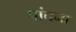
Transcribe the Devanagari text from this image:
पांचना